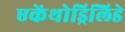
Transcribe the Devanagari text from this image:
एकेंथोड्रिलिडे